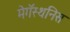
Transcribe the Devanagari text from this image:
मेगॅस्थनिस